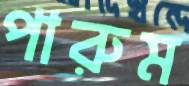
পারুম